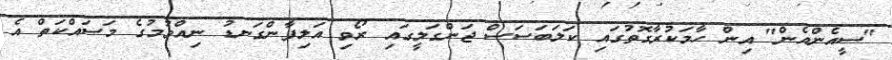
"ސީއެންއެން" އިން ހާމަކުރާގޮތުގައި ކަލަބަސަސް ޖަންގަލީގައި ރޯވި އަލިފާންގަނޑު ނިއްވުމުގެ މަސައްކަތް އެ